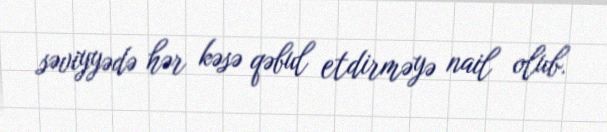
səviyyədə hər kəsə qəbul etdirməyə nail olub.